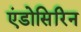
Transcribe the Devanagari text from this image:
एंडोसिरिन